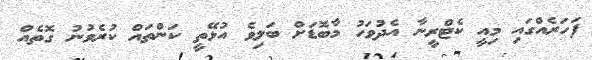
ފަހަރެއްގައި މިއީ ކެޓްރީނާ އެދުވަހު މާބޮޑަށް ބަލިވެ އުޅޭތީ ކަންތައް ކުރެވުނު ގޮތެއް